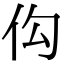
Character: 𪜩